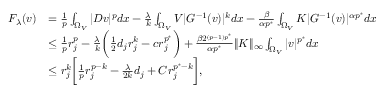
\begin{array} { r l } { F _ { \lambda } ( v ) } & { = \frac { 1 } { p } \int _ { \Omega _ { V } } | D v | ^ { p } d x - \frac { \lambda } { k } \int _ { \Omega _ { V } } V | G ^ { - 1 } ( v ) | ^ { k } d x - \frac { \beta } { \alpha p ^ { * } } \int _ { \Omega _ { V } } K | G ^ { - 1 } ( v ) | ^ { \alpha p ^ { * } } d x } \\ & { \le \frac { 1 } { p } r _ { j } ^ { p } - \frac \lambda k \biggl ( \frac 1 2 d _ { j } r _ { j } ^ { k } - c r _ { j } ^ { p ^ { * } } \biggr ) + \frac { \beta 2 ^ { ( p - 1 ) p ^ { * } } } { \alpha p ^ { * } } \| K \| _ { \infty } \int _ { \Omega _ { V } } | v | ^ { p ^ { * } } d x } \\ & { \le r _ { j } ^ { k } \biggl [ \frac { 1 } { p } r _ { j } ^ { p - k } - \frac { \lambda } { 2 k } d _ { j } + C r _ { j } ^ { p ^ { * } - k } \biggr ] , } \end{array}